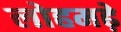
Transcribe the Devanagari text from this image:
लोहमढ़े